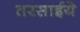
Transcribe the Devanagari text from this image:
तरसाईये